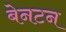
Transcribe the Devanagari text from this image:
बेनटन